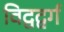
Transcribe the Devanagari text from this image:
विद्वद्वर्ग